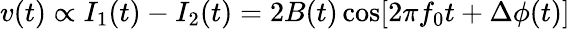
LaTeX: v(t)\propto I_{1}(t)-I_{2}(t)=2B(t)\cos[2\pi f_{0}t+\Delta\phi(t)]